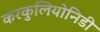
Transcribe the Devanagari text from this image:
करकुलियोनिडी